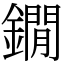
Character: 鐗